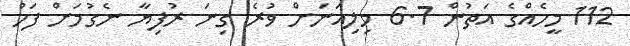
112 މީހެއްގެ އަތުން 6.7 މިލިއަނަށް ވުރެ ގިނަ ރުފިޔާ ނެގުމަށް ފަހު